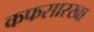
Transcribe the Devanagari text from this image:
कफसारखा